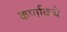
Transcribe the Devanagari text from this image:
कर्णाकचे